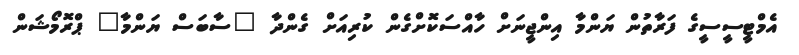
އެމްޓީސީސީގެ ފަރާތުން ޔަންމާ އިންޖީނަށް ހާއްސަކޮށްގެން ކުރިއަށް ގެންދާ "ސާބަސް ޔަންމާ" ޕްރޮމޯޝަން